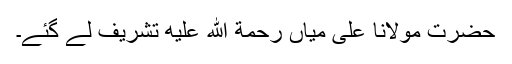
حضرت مولانا علی میاں رحمة الله عليه تشریف لے گئے۔